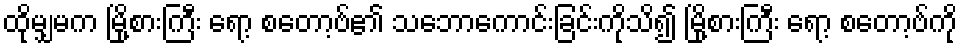
ထိုမျှမက မြို့စားကြီး ရော့ စတော့ဗ်၏ သဘောကောင်းခြင်းကိုသိ၍ မြို့စားကြီး ရော့ စတော့ဗ်ကို